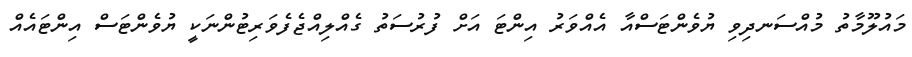
މައުލޫމާތު މުއްސަނދިވި ޔުވެންޓަސްއާ އެއްވަރު އިންޓަ އަށް ފުރުސަތު ގެއްލިއްޖެފެވަރިޓުންނަކީ ޔުވެންޓަސް އިންޓައެއް